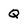
Character: Q